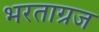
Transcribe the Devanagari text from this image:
भरताग्रज